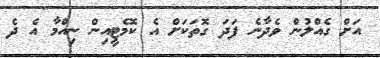
އަށް ގެއްލުން ވެދާނެ ފަދަ ގޮތަކަށް އެ ކޮމެޓީއިން ނިއްމާ އެ ދެ